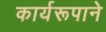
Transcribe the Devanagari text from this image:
कार्यरूपाने